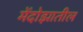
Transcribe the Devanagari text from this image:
मेंदोझातील